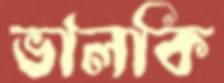
ভালকি